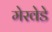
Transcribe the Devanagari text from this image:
मेरवेडे